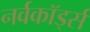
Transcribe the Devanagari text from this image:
नर्वकॉर्ड्स